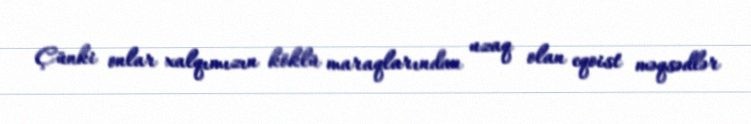
Çünki onlar xalqımızın köklü maraqlarından uzaq olan eqoist məqsədlər